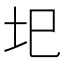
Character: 圯